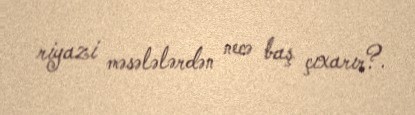
riyazi məsələlərdən necə baş çıxarır?.